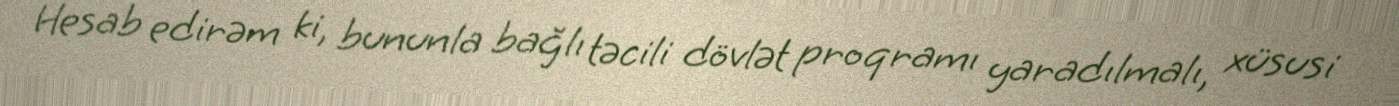
Hesab edirəm ki, bununla bağlı təcili dövlət proqramı yaradılmalı, xüsusi